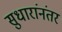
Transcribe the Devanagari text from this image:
सुधारांनंतर